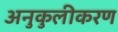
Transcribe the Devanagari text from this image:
अनुकुलीकरण